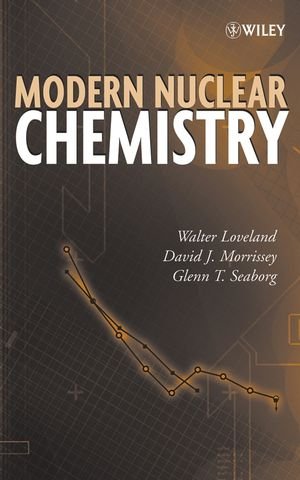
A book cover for Modern Nuclear Chemistry; Walter D. Loveland; Science & Math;